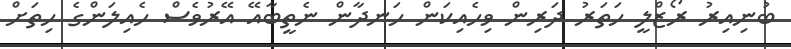
ބުނިއިރު ރޯޒްލީ ހަތަރު ދަރިން ވިހެއިކަން ހަނދާން ނެތީބާއޭ އޭރުވެސް ހެއިލަންގެ ހިތަށް